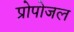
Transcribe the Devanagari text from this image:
प्रोपोजल